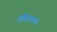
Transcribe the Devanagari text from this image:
मंदिरावरचा